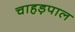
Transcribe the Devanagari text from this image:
चाहड़पाल